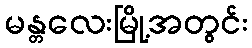
မန္တလေးမြို့အတွင်း